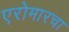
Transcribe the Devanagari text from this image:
एरोमारचा